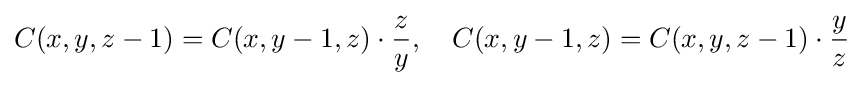
C(x,y,z-1)=C(x,y-1,z)\cdot {\frac {z}{y}},\quad C(x,y-1,z)=C(x,y,z-1)\cdot {\frac {y}{z}}